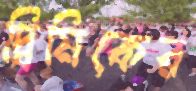
দ্বিমিকের